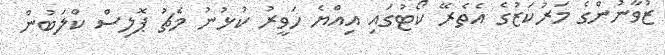
ޒުވާނުންގެ މަރުކަޒުގެ އެތެރޭ ކޯޓުގައި އިއްޔެ ހަވީރު ކުޅުނު މެޗު ޕޮޮލިސް ކްލަބުން